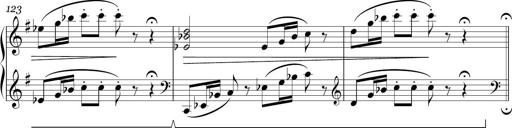
Title: Sonatina in E minor
Composer: Shuwen Zhang
Key: E minor